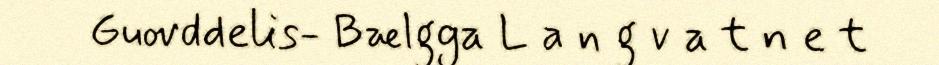
Guovddelis- Bælgga L a n g v a t n e t